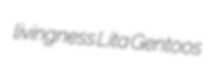
livingness Lita Gentoos